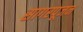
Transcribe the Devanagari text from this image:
सागरपूजन